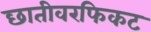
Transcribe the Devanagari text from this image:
छातीवरफिकट